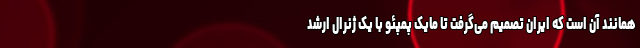
همانند آن است که ایران تصمیم می‌گرفت تا مایک پمپئو با یک ژنرال ارشد